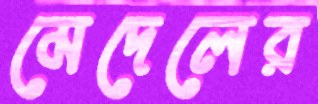
মেদেলের